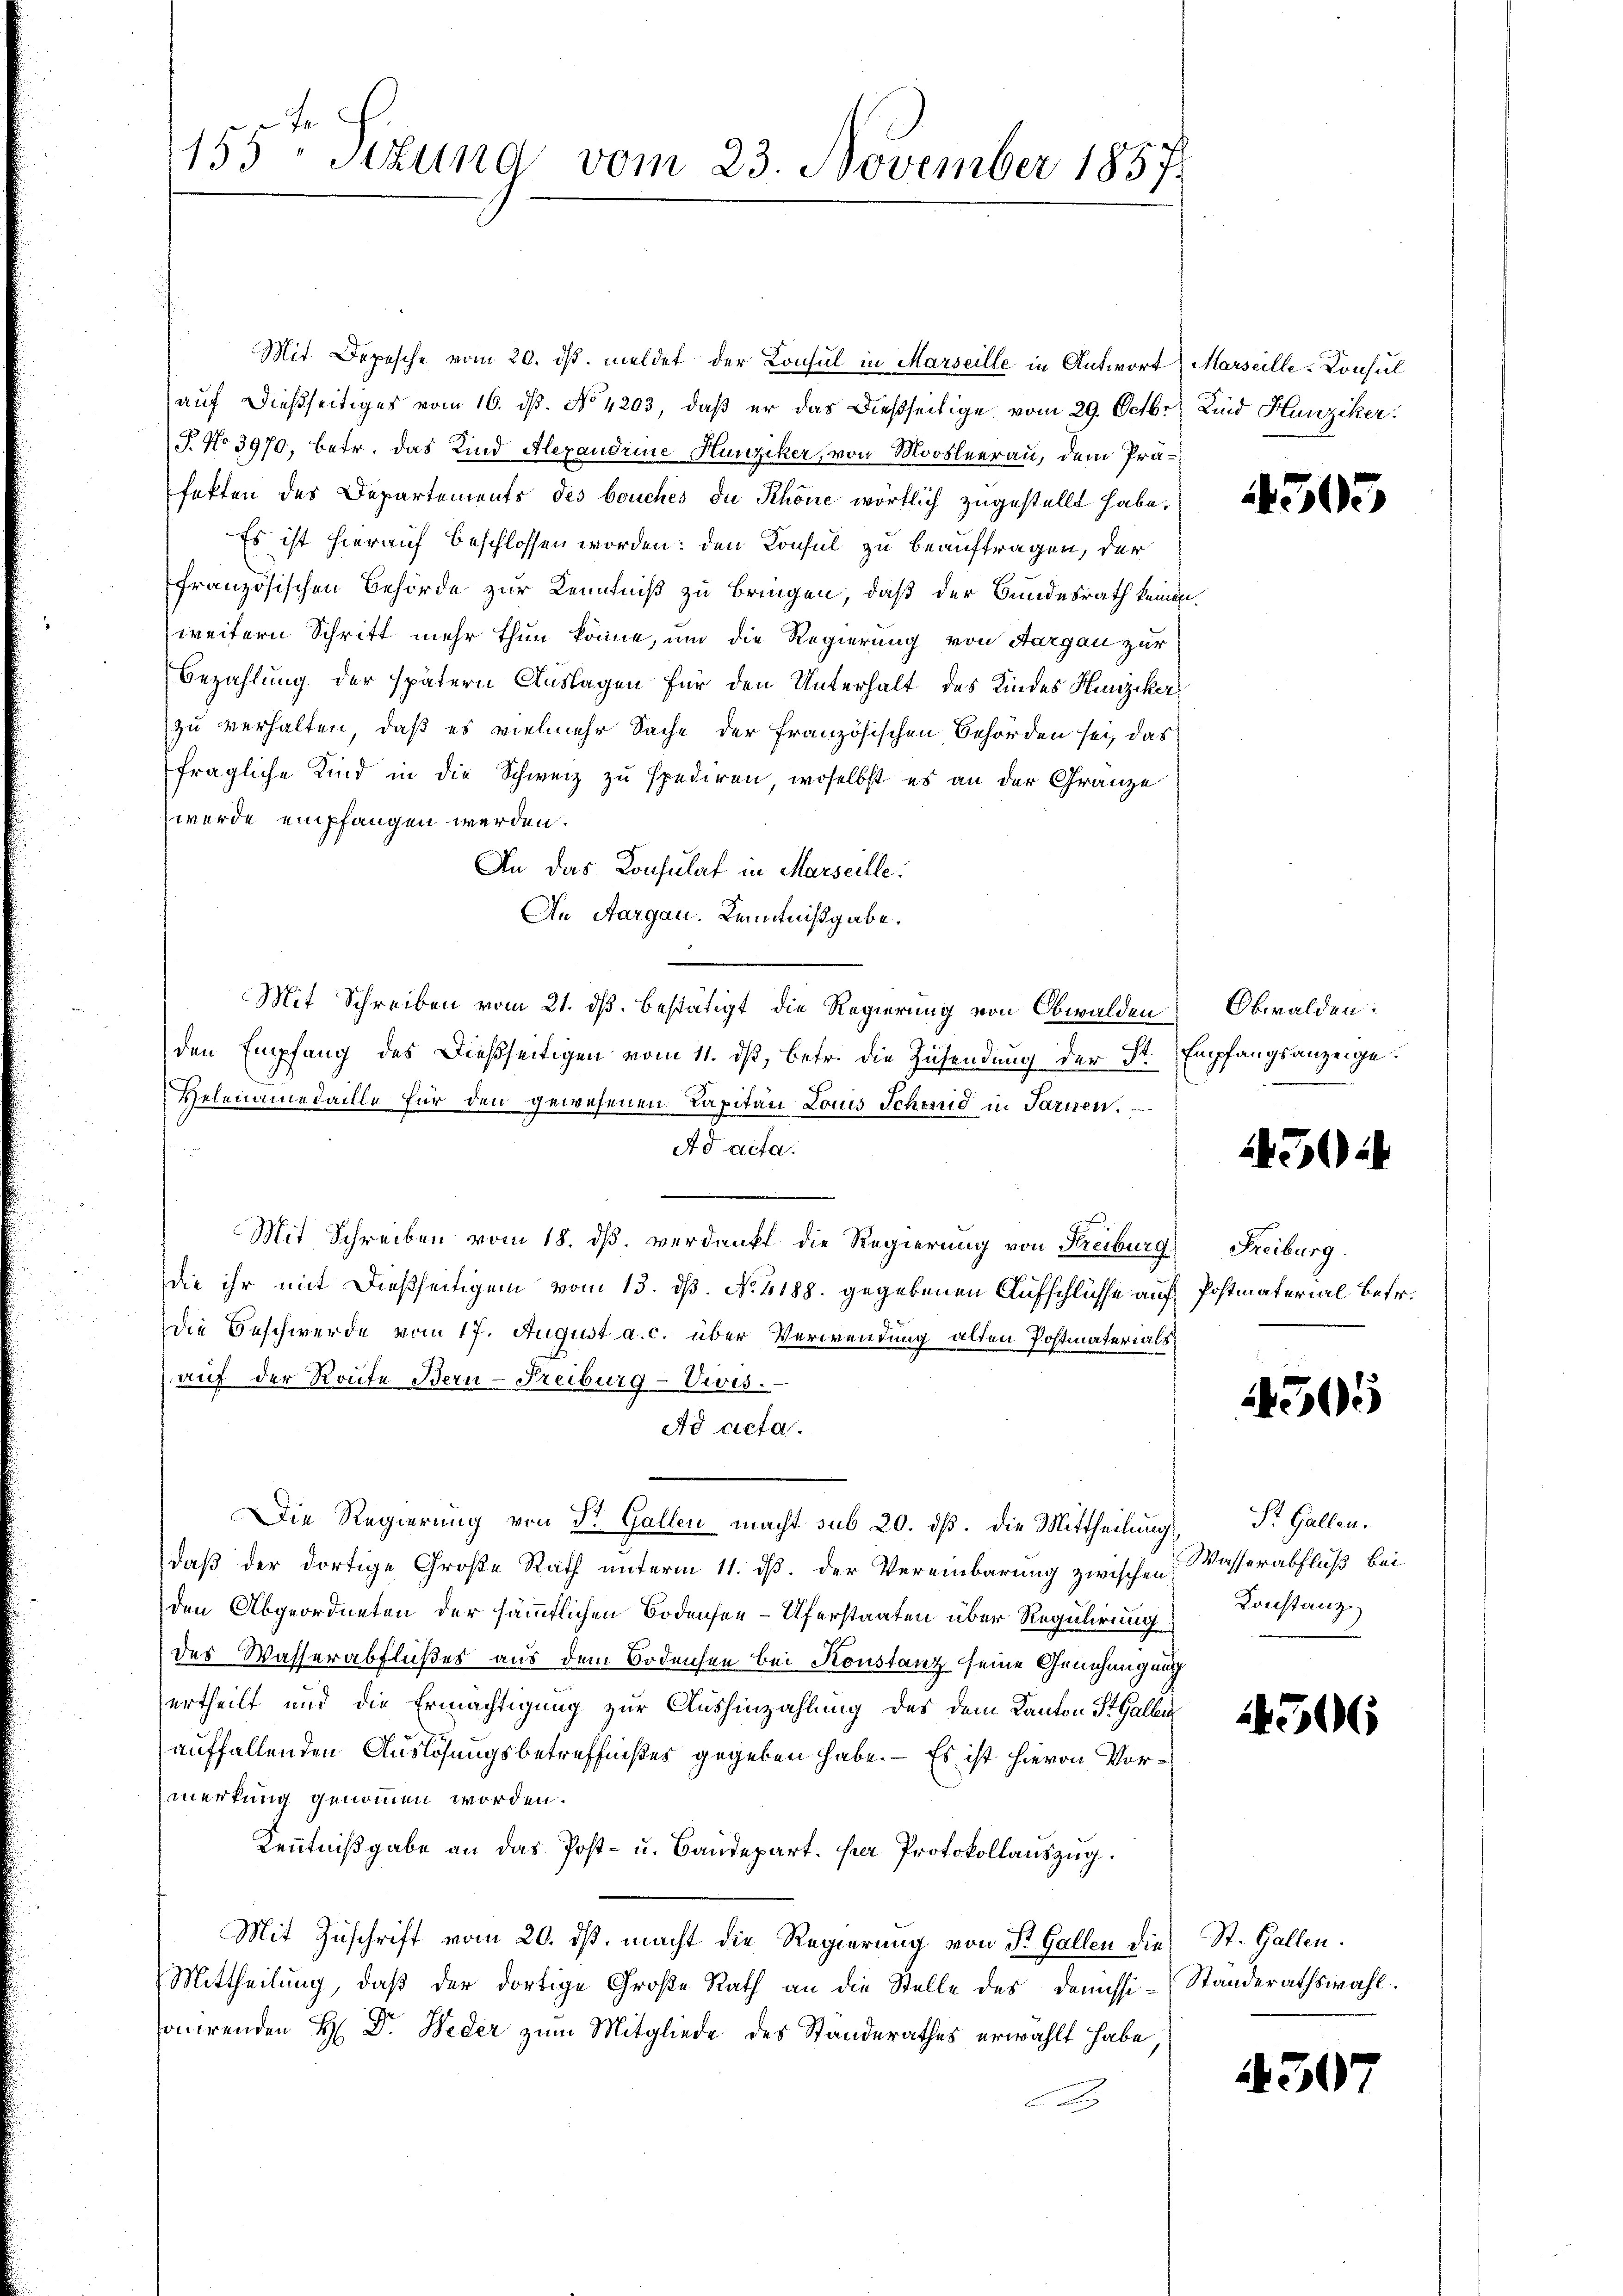
Mit Depesche vom 20. dβ. meldet der Konsul in Marseille in Antwort Marseille-Konsul
auf dießseitiges vom 16. ds. No 4203, daß er das dießseitige vom 29. Octbr. Kind Hunziker.
T. No 3970, betr. das Kind Alexandrie Hunziker, von Moosleerau, dem Präfakten des Departements des bouches du Schöne wörtlich zugestellt habe,
Es ist hierauf beschlossen worden: den Konsul zu beauftragen, der
französischen Behörde zur Kenntniß zu bringen, daß der Bundesrath keinen
weitern Schritt mehr thun könne, um die Regierung von Aargau zur
Bezahlung der spätern Auslagen für den Unterhalt des Kindes Hunziker
zu verhalten, daß es vielmehr Sache der französischen Behörden sei, das
fragliche Kind in die Schweiz zu spediren, woselbst es an der Gränze
wurde empfangen werden.
An das Konsulat in Marseille.
An Aargau, Kenntnißgabe.
Mit Schreiben vom 21. dß. bestätigt die Regierung von Obwalden Obwaldenden Empfang des Dießseitigen vom 11. ds, betr. die Zusendung der Sr. Empfangsanzeige.
Helenamedaille für den gewesenen Kapitän Louis Schmid in Sarnen.
Ad acta.
Mit Schreiben vom 18. ds. verdankt die Regierung von Freiburg Freiburg
die ihr mit dießseitigem vom 13. dß. No. 4188. gegebenen Aufschlüsse auf Postmaterial betr.
Die Beschwerde vom 17. August a. c. über Verwendung alten Postmaterials
auf der Route Bern-Freiburg-Vwis.
Ad acta.
Die Regierung von Dr. Gallen macht sub 20. dß. die Mittheilung Dr. Gallen.
daß der dortige Große Rath unterm 11. ds. der Vereinbarung zwischen Wasserabfluß bei
den Abgeordneten der sämmtlichen Bodensee–Uferstaaten über Regulirung
des Wasserabflußes aus dem Bodensen bei Konstanz seine Genehmigung
ertheilt und die Ermächtigung zur Aushinzahlung des dem Kanton St. Gallen

auffallenden Auslösungsbetreffnißes gegeben habe. – Es ist hievon Vormerkung genommen worden.
Kenntnißgabe an das Post- u. Baudepart. für Protokollauszug.
Mit Zuschrift vom 20. ds. macht die Regierung von St. Gallen die St. Gallen.
Mittheilung, daβ der dortige Große Rath an die Stelle des Demissi-Standerathswahl.
onirenden H: Dr. Weder zum Mitgliede des Standerathes erwählt habe
A

155 Stzung vom 23. November 1857

4505

450:

4505

Konstanz

4306

4307